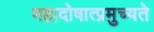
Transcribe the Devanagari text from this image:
महादोषात्प्रमुच्यते